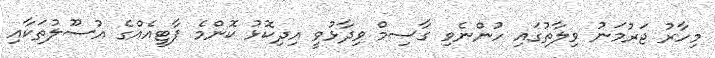
މިހާރު ޖަރުމަނު ވިލާތުގައި ހުންނެވި ގާސިމް ވިދާޅުވީ އިދިކޮޅު ކޮންމެ ޕާޓީއެއްގެ އުސޫލުތަކާއި